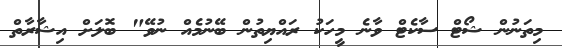
މިތަނުން ޝޯޓް ސާކެޓް ވާނެ މީހަކު ރައްޔިތުން ބޭނުމެއް ނުވޭ" ބޮލަށް އިޝާރާތް